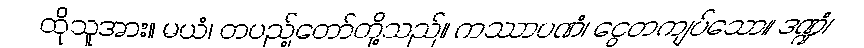
ထိုသူအား။ မယံ၊ တပည့်တော်တို့သည်။ ကဿာပဏံ၊ ငွေတကျပ်သော။ ဒဏ္ဍံ၊